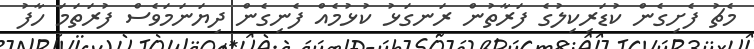
މެޗު ފެށިގެން ކުޑަރިކިލުގެ ފަރާތުން ރަނގަޅު ކުޅުމެއް ފެނިގެން ދިޔަނަމަވެސް ފުރަތަމަ ހާފު